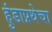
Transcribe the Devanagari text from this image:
हुंडाप्रथेचा